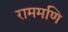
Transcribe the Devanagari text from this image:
राममणि